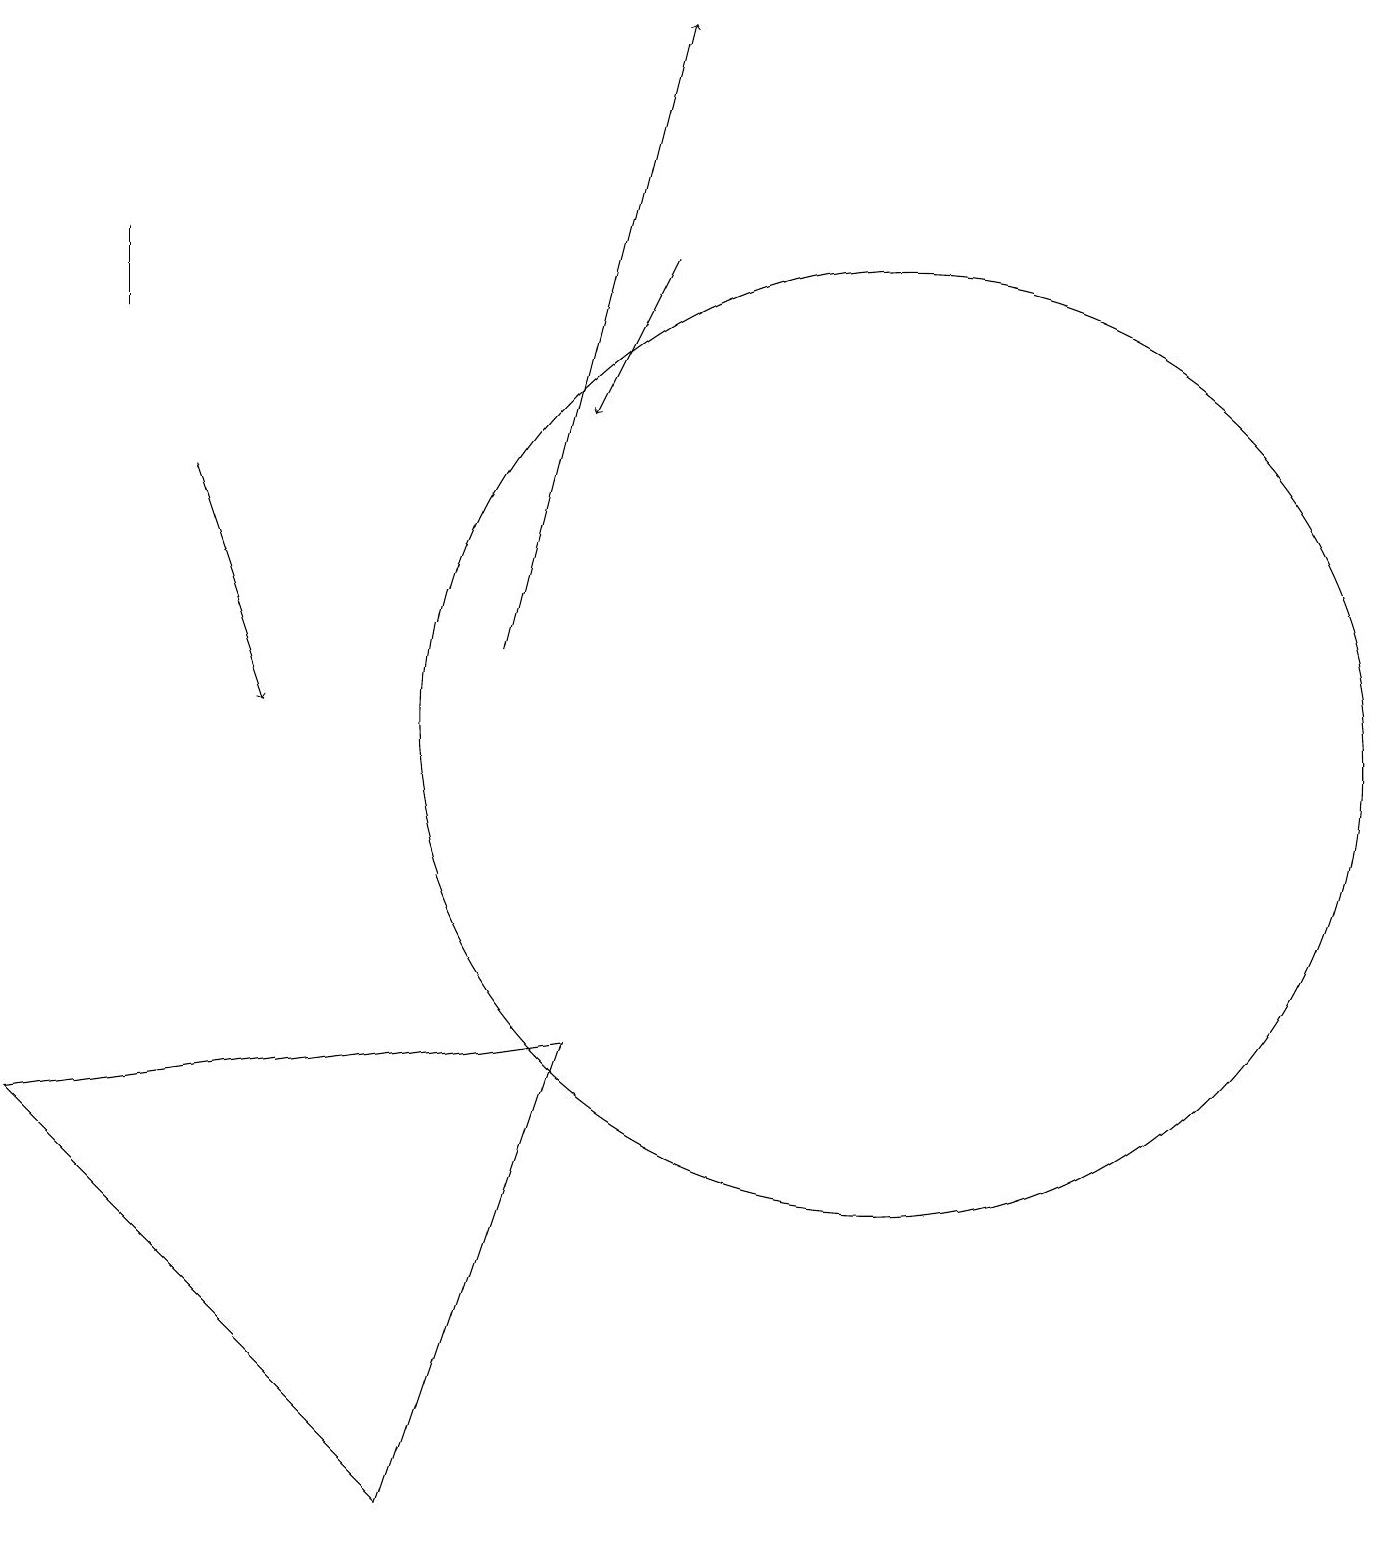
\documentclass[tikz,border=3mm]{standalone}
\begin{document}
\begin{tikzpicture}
\draw[->] (2,13) -- (3,10);
\draw (5,0) -- (0,5) -- (7,6) -- cycle;
\draw (1,16) rectangle (1,15);
\draw[->] (8,16) -- (7,14);
\draw (11,11) circle (0);
\draw[->] (6,11) -- (8,19);
\draw (11,10) circle (6);
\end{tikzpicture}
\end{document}